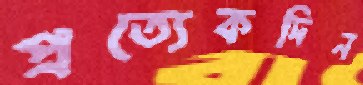
প্রত্যেকদিন